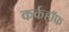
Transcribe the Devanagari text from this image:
कर्कहॉफ